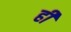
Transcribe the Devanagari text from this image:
र्ही